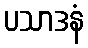
ပသာဒနံ